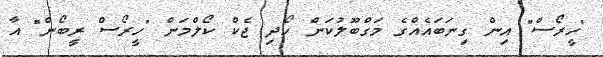
"ހީރޯސް" އިން ގިނަބައެއްގެ މަގްބޫލުކަން ހޯދި ޖެކް ކޯލްމަން "ހީރޯސް ރީބޯން" އާ